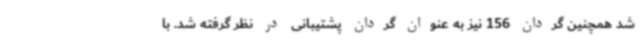
شد همچنین گردان 156 نیز به عنوان گردان پشتیبانی در نظر گرفته شد. با